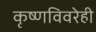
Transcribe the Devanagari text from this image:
कृष्णविवरेही